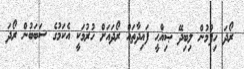
ރޯދަ ހިފުމުން ލިބިދޭ ޞިއްޙީ ފައިދާތައް ރޯދައަށް ހުރުމަކީ އެކަމުގެ ސަބަބުން ރޯދަ